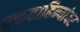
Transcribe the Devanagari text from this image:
रक्तवाहिन्यांवर